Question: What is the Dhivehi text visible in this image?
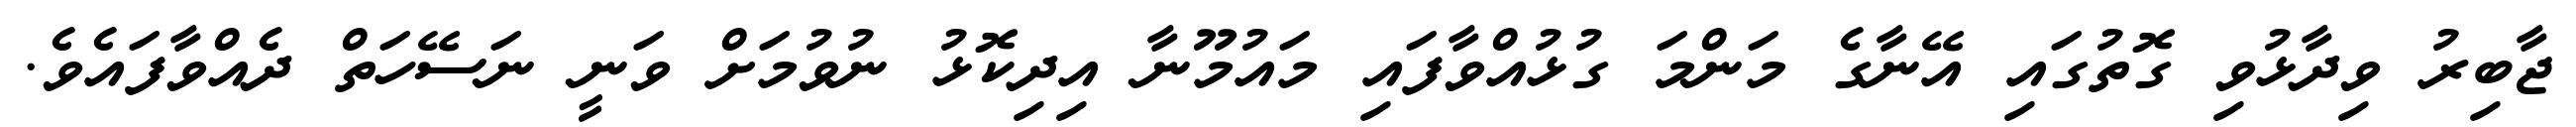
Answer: ޖާބިރު ވިދާޅުވި ގޮތުގައި އޭނާގެ މަންމަ ގުޅުއްވާފައި މައުމޫނާ އިދިކޮޅު ނުވުމަށް ވަނީ ނަސޭހަތް ދެއްވާފައެވެ.